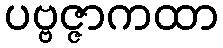
ပဗ္ဗဇ္ဇာကထာ